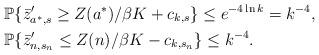
LaTeX: \begin{align*}&\mathbb{P}\{\bar{z}'_{a^*,s} \geq Z(a^*)/\beta K+c_{k,s}\} \leq e^{-4\ln k}=k^{-4},\\&\mathbb{P}\{ \bar{z}'_{n,s_n} \leq Z(n)/\beta K -c_{k,s_n} \} \leq k^{-4}.\end{align*}